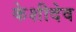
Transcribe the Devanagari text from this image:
केशीदेव